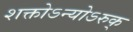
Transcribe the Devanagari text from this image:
शक्तोऽन्योऽरुक्